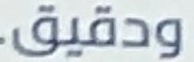
ودقيق